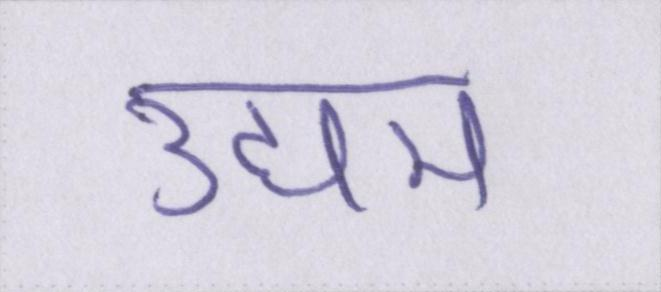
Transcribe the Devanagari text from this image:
उद्यम